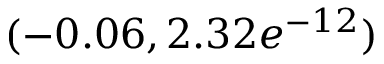
( - 0 . 0 6 , 2 . 3 2 e ^ { - 1 2 } )